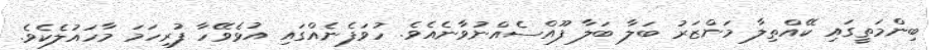
ބިންމަތީގައި ކޭއްތިލާ މަންޒަރު ބަލާ ބަލާ ފޫއްސެއްނުވާނެއެވެ. ހުވަފެނެއްގައި އުޅެވޭހާ ފުރިހަމަ މާހައުލެކެވެ.